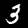
Label: 3